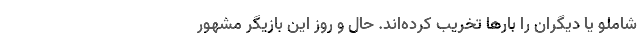
شاملو یا دیگران را بارها تخریب کرده‌اند. حال و روز این بازیگر مشهور